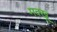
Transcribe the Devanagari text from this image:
मक्खू